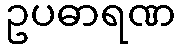
ဥပဓာရဏ